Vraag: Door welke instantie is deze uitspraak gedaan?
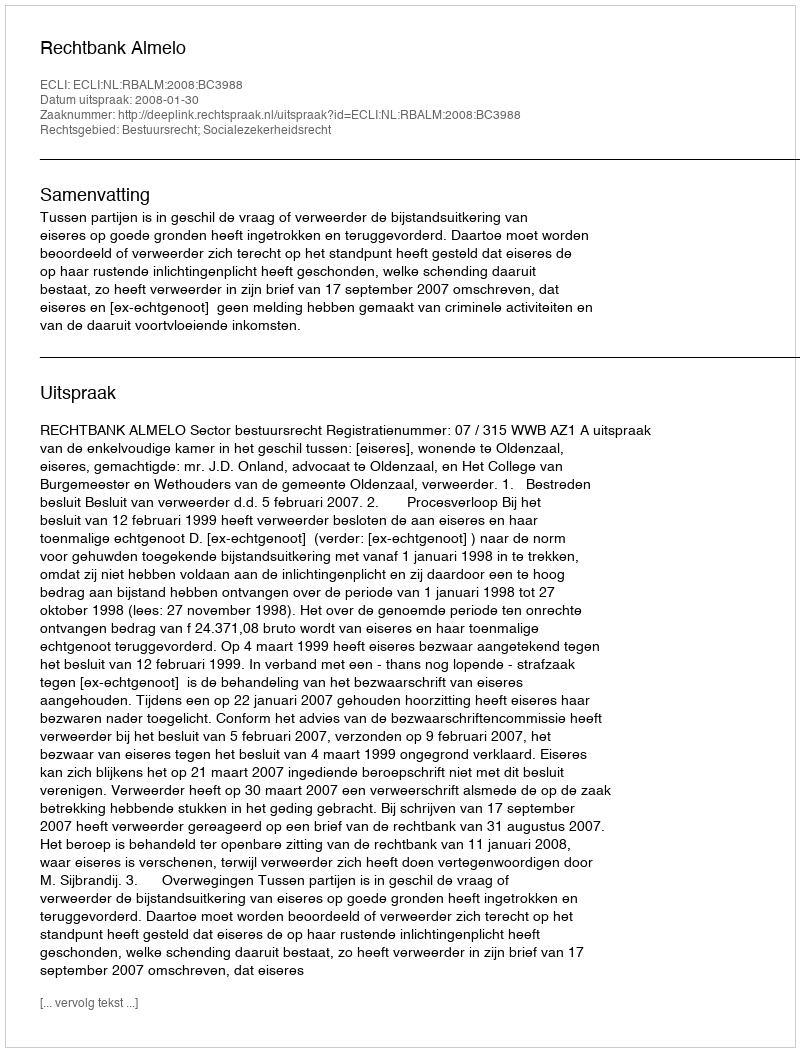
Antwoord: Rechtbank Almelo